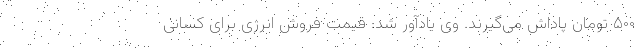
۵۰۰ تومان پاداش می‌گیرند. وی یادآور شد: قیمت فروش انرژی برای کسانی